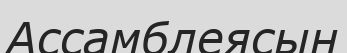
Ассамблеясын